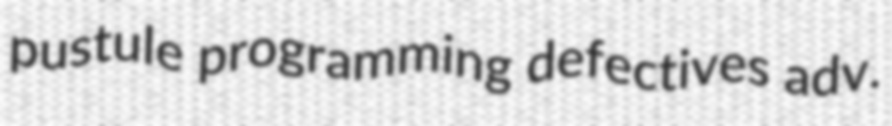
pustule programming defectives adv.